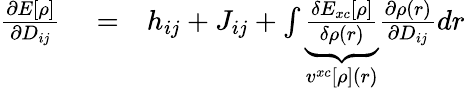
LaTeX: \begin{array}{rlr}{\frac{\partial E[\rho]}{\partial D_{ij}}}&{{}=}&{h_{ij}+J_{ij}+\int\underbrace{\frac{\delta E_{xc}[\rho]}{\delta\rho(r)}}_{v^{xc}[\rho](r)}\frac{\partial\rho(r)}{\partial D_{ij}}dr}\end{array}